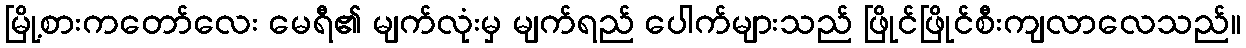
မြို့စားကတော်လေး မေရီ၏ မျက်လုံးမှ မျက်ရည် ပေါက်များသည် ဖြိုင်ဖြိုင်စီးကျလာလေသည်။